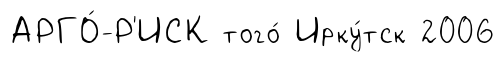
АРГО́-Р'ИСК того́ Ирку́тск 2006